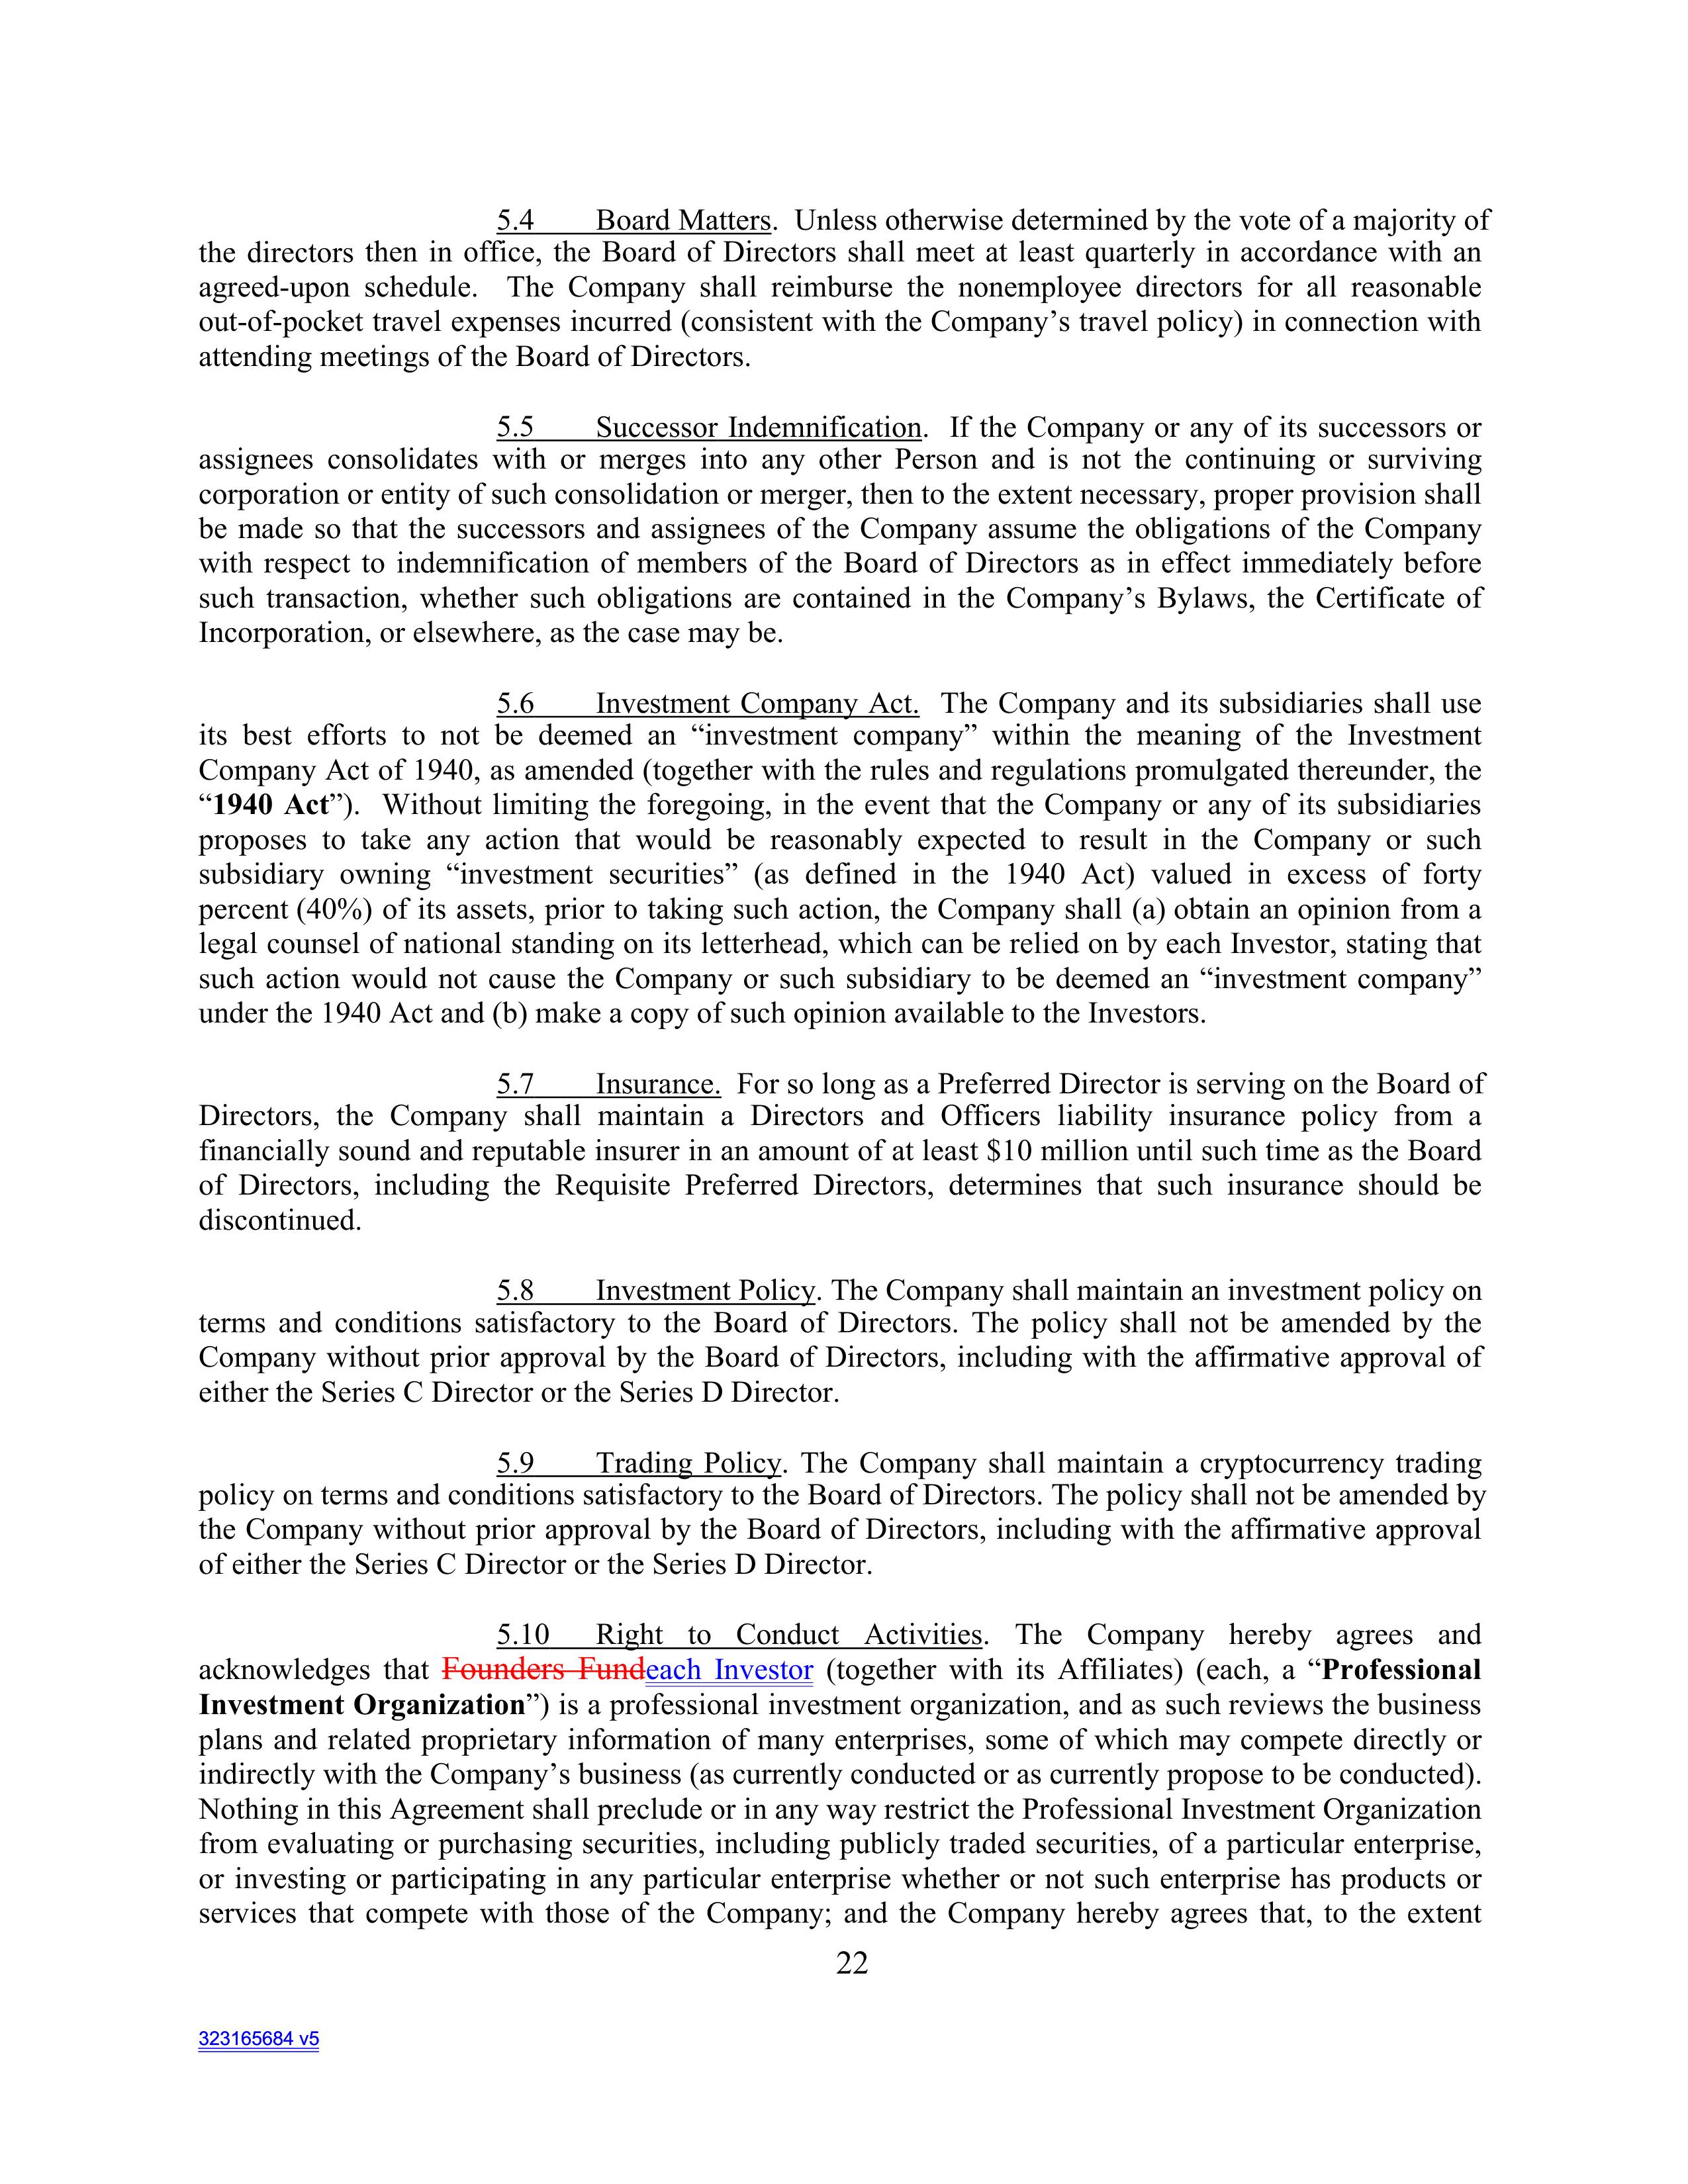
5.4        Board Matters. Unless otherwise determined by the vote of a majority of
the directors then in office, the Board of Directors shall meet at least quarterly in accordance with an
agreed-upon schedule. The Company shall reimburse the nonemployee directors for all reasonable
out-of-pocket travel expenses incurred (consistent with the Company's travel policy) in connection with
attending meetings of the Board of Directors.

5.5        Successor Indemnification. If the Company or any of its successors or
assignees consolidates with or merges into any other Person and is not the continuing or surviving
corporation or entity of such consolidation or merger, then to the extent necessary, proper provision shall
be made so that the successors and assignees of the Company assume the obligations of the Company
with respect to indemnification of members of the Board of Directors as in effect immediately before
such transaction, whether such obligations are contained in the Company's Bylaws, the Certificate of
Incorporation, or elsewhere, as the case may be.

5.6        Investment Company Act. The Company and its subsidiaries shall use
its best efforts to not be deemed an "investment company" within the meaning of the Investment
Company Act of 1940, as amended (together with the rules and regulations promulgated thereunder, the
"1940 Act"). Without limiting the foregoing, in the event that the Company or any of its subsidiaries
proposes to take any action that would be reasonably expected to result in the Company or such
subsidiary owning "investment securities" (as defined in the 1940 Act) valued in excess of forty
percent (40%) of its assets, prior to taking such action, the Company shall (a) obtain an opinion from a
legal counsel of national standing on its letterhead, which can be relied on by each Investor, stating that
such action would not cause the Company or such subsidiary to be deemed an "investment company"
under the 1940 Act and (b) make a copy of such opinion available to the Investors.

5.7        Insurance. For so long as a Preferred Director is serving on the Board of
Directors, the Company shall maintain a Directors and Officers liability insurance policy from a
financially sound and reputable insurer in an amount of at least $10 million until such time as the Board
of Directors, including the Requisite Preferred Directors, determines that such insurance should be
discontinued.

5.8        Investment Policy. The Company shall maintain an investment policy on
terms and conditions satisfactory to the Board of Directors. The policy shall not be amended by the
Company without prior approval by the Board of Directors, including with the affirmative approval of
either the Series C Director or the Series D Director.

5.9        Trading Policy. The Company shall maintain a cryptocurrency trading
policy on terms and conditions satisfactory to the Board of Directors. The policy shall not be amended by
the Company without prior approval by the Board of Directors, including with the affirmative approval
of either the Series C Director or the Series D Director.

5.10       Right to Conduct Activities. The Company hereby agrees and
acknowledges that Founders Fundeach Investor (together with its Affiliates) (each, a "Professional
Investment Organization") is a professional investment organization, and as such reviews the business
plans and related proprietary information of many enterprises, some of which may compete directly or
indirectly with the Company's business (as currently conducted or as currently propose to be conducted).
Nothing in this Agreement shall preclude or in any way restrict the Professional Investment Organization
from evaluating or purchasing securities, including publicly traded securities, of a particular enterprise,
or investing or participating in any particular enterprise whether or not such enterprise has products or
services that compete with those of the Company; and the Company hereby agrees that, to the extent

22

323165684 v5